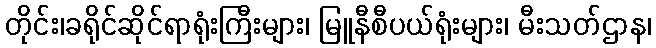
တိုင်း၊ခရိုင်ဆိုင်ရာရုံးကြီးများ၊ မြူနီစီပယ်ရုံးများ၊ မီးသတ်ဌာန၊